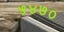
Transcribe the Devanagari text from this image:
५४७०